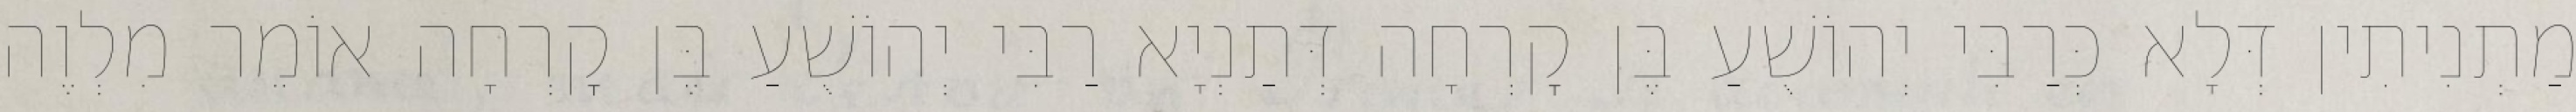
מַתְנִיתִין דְּלָא כְּרַבִּי יְהוֹשֻׁעַ בֶּן קׇרְחָה דְּתַנְיָא רַבִּי יְהוֹשֻׁעַ בֶּן קׇרְחָה אוֹמֵר מִלְוֶה